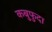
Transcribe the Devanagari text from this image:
कबुफुदा